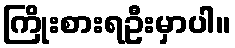
ကြိုးစားရဦးမှာပါ။